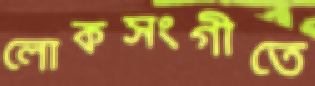
লোকসংগীতে